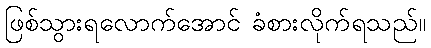
ဖြစ်သွားရလောက်အောင် ခံစားလိုက်ရသည်။